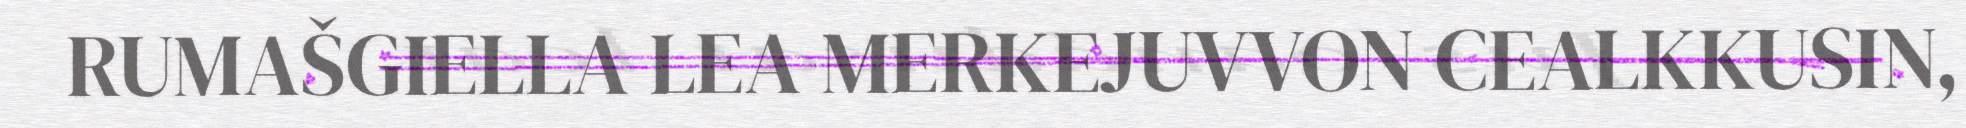
RUMAŠGIELLA LEA MERKEJUVVON CEALKKUSIN,